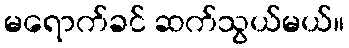
မရောက်ခင် ဆက်သွယ်မယ်။